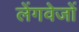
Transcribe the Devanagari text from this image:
लेंगवेजों